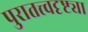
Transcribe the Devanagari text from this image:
पुरातत्त्वदृष्ट्या